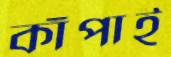
কাঁপাই